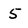
Character: 5